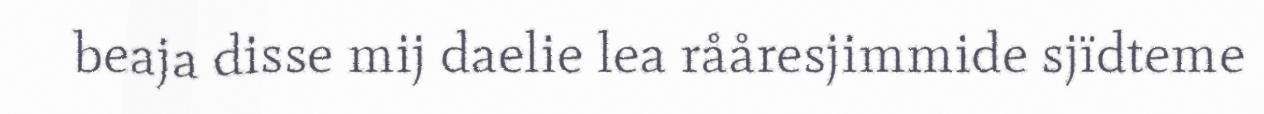
beaja disse mij daelie lea rååresjimmide sjïdteme